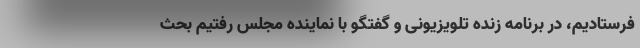
فرستادیم، در برنامه زنده تلویزیونی و گفتگو با نماینده مجلس رفتیم بحث